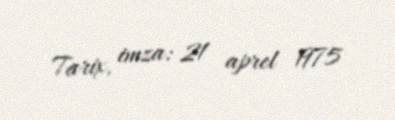
Tarix, imza: 21 aprel 1975